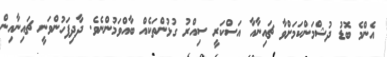
އެންމެ ބޮޑު ދުޝްމަންކަމަށްވާ ޗައިނާއާ އަސްކަރީ ސިއްރު ގުޅުންތަކެއް ބާއްވަމުންނެވެ. ދާދިފަހުންވަނީ ޗައިނާއިން